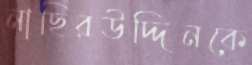
নাছিরউদ্দিনকে